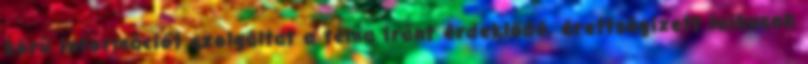
körű információt szolgáltat a téma iránt érdeklődő, érettségizett laikusok